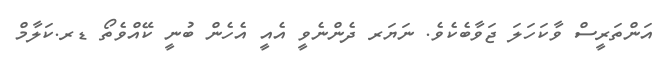
އަންތަރީސް ވާކަހަލަ ޖަވާބެކެވެ. ނަޔަރ ދެންނެވީ އެއީ އެހެން ބުނީ ކޭއްވެތޯ ޑރ.ކަލާމް